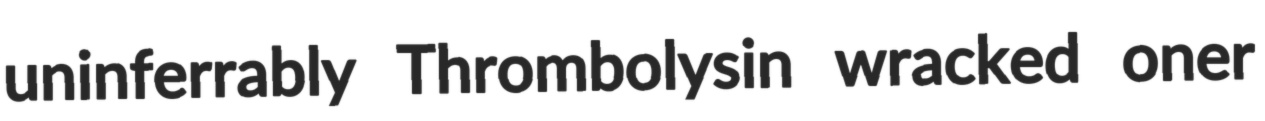
uninferrably Thrombolysin wracked oner